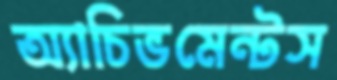
অ্যাচিভমেন্টস